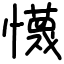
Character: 懱